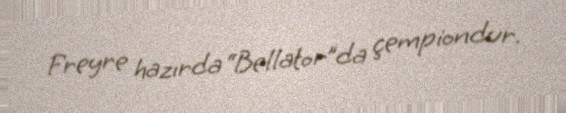
Freyre hazırda “Bellator”da çempiondur.